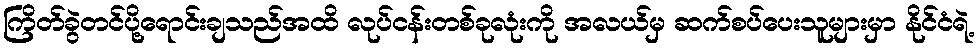
ကြိတ်ခွဲတင်ပို့ရောင်းချသည်အထိ လုပ်ငန်းတစ်ခုလုံးကို အလယ်မှ ဆက်စပ်ပေးသူများမှာ နိုင်ငံရဲ့